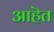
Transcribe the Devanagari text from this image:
आहॆत